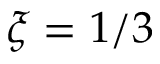
\xi = 1 / 3